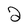
Character: 2